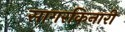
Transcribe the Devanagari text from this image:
सागरकिनारी